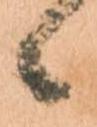
候